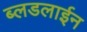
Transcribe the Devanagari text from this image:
ब्लडलाईन